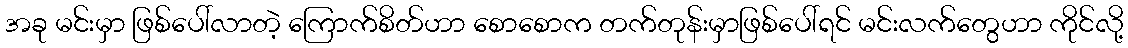
အခု မင်းမှာ ဖြစ်ပေါ်လာတဲ့ ကြောက်စိတ်ဟာ စောစောက တက်တုန်းမှာဖြစ်ပေါ်ရင် မင်းလက်တွေဟာ ကိုင်လို့